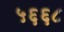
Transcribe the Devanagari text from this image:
५६६८